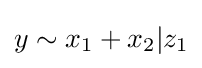
y\sim x_{1}+x_{2}|z_{1}